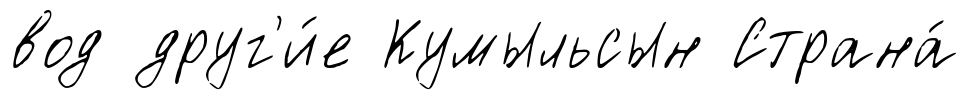
вод друг'и́е Кумыльсын Страна́